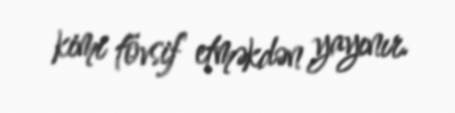
kimi tövsif etməkdən yayınır.